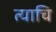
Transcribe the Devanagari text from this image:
त्याचि